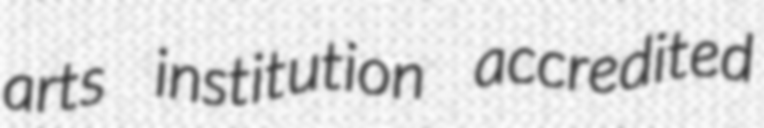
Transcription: arts institution accredited